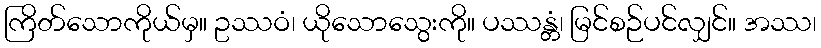
ကြိတ်သောကိုယ်မှ။ ဥဿဝံ၊ ယိုသောသွေးကို။ ပဿန္တံ၊ မြင်စဉ်ပင်လျှင်။ အဿ၊